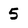
Character: 5